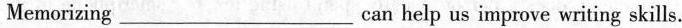
Memorizing___ can help us improve writing skills.